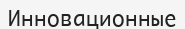
Инновационные